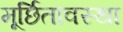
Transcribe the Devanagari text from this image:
मूर्छितावस्था